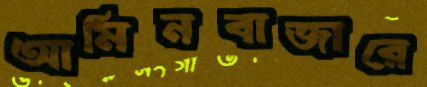
আমিনবাজারে